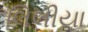
લિલીયા